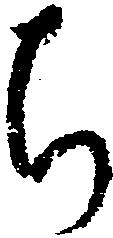
ち